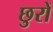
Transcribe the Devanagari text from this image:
छुरों